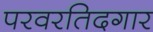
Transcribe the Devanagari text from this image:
परवरतिदगार